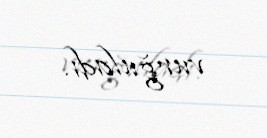
vurğuladı.